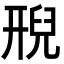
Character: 𮍩